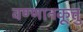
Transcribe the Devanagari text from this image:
वण्णानकूत्तु